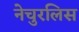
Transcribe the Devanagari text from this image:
नेचुरलिस